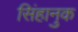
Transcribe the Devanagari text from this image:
सिंहानुक